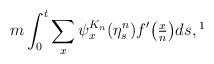
\begin{align*}m \int_0^t \sum_x \psi_x^{K_n}(\eta_s^n) f' \big( \tfrac{x}{n} \big) ds,\footnote{We actually proved this with $m$ replaced by $\sum_{y=1}^{K_n-1} y a(y)$, but this last sum converges to $m$ as $n \to \infty$.}\end{align*}